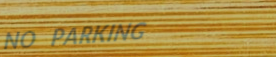
NO PARKING